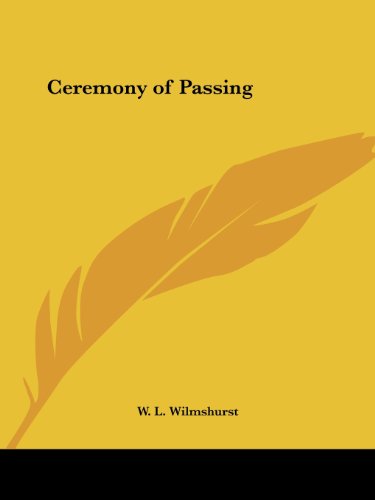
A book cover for Ceremony of Passing; W. L. Wilmshurst; Religion & Spirituality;